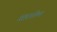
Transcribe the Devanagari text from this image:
सहजक्रिया